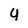
Character: 4